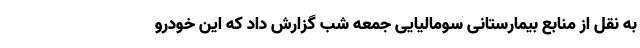
به نقل از منابع بیمارستانی سومالیایی جمعه شب گزارش داد که این خودرو